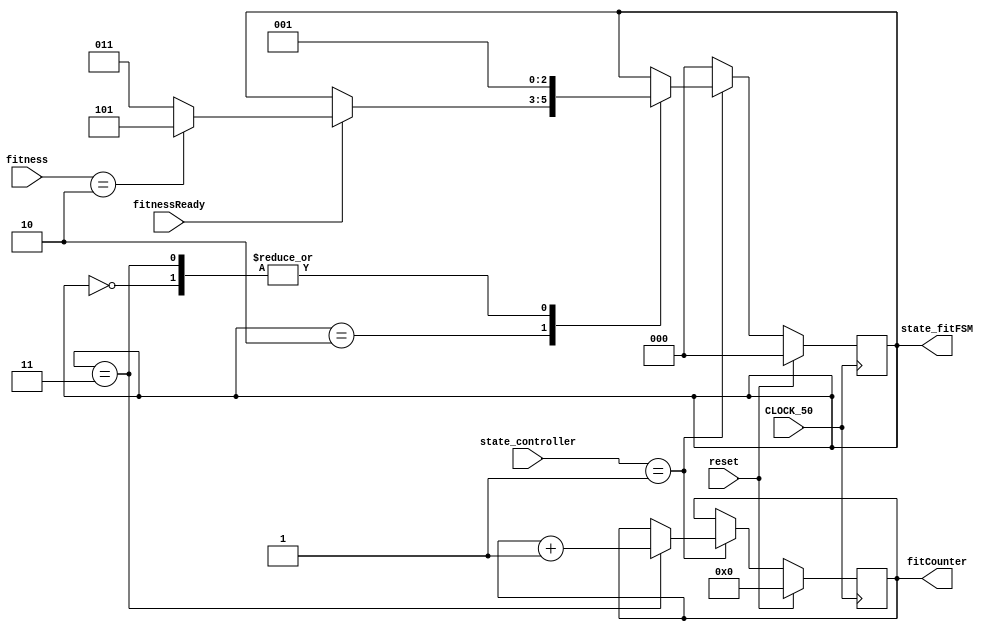
`timescale 1ns/1ns

module fitFSM(CLOCK_50,reset,state_controller,fitness,fitnessReady,state_fitFSM,fitCounter);//seed sefr nabashe
/*
This state machine control the process of generating fitness of the genes, 
but I removed it from the functions because evaluation function could do its job by its self.

*/
parameter geneBit = 80;
parameter geneResultBit = 2;
parameter population = 24;
parameter maxSupport = 128;
parameter primaryInputCount = 8;
parameter fitness_controller = 2'b01;

parameter initial_fitFSM = 3'b000,
			gene_fitFSM = 3'b001,
			fitCheck_fitFSM = 3'b010,
			fitCounter_fitFSM = 3'b011,
			finished_fitFSM = 3'b100,
			geneFound_fitFSM = 3'b101;

  input CLOCK_50,reset;
  input [2:0]state_controller;
  input [primaryInputCount+1:0]fitness;
  input fitnessReady;
  //output reg geneIsReady;
	//output reg fitnessFinished;
	output reg [2:0]state_fitFSM;
	//output reg [maxSupport-1:0]dataOut;
	//output reg geneFound;
	output reg [7:0]fitCounter;
	
	//reg fitnessChecked;
	
	//reg firstTurn;
	integer popIndex;
	//reg write; 
	//reg [geneBit-1:0]geneFound;
	
	reg start_fit,rw_fit;
  reg [19:0]address_fit;
	
  
  
 always@(posedge CLOCK_50)begin//fitnessFSM
    if(reset)begin
		state_fitFSM <= initial_fitFSM;
		//fitnessFinished <= 0;
		//geneFound <= 0;
		address_fit<=20'd0;
		start_fit<=1'b0;
		rw_fit<=1'b0;
		fitCounter <= 8'd0;
		//firstTurn<=1;
		//geneIsReady<=0;
		//write<=0;
		//LEDR<=0;
		//geneFound <= 0;

	 end else if(state_controller==fitness_controller)begin 
		
			case(state_fitFSM)
			
			initial_fitFSM : ///nemikhad
				begin	
					state_fitFSM <= gene_fitFSM;
				end
			

					
			fitCheck_fitFSM : 
				if(fitnessReady) begin
				  //geneIsReady<=0;
					//fitnessChecked<=1;
					if(fitness==geneResultBit)begin
					     state_fitFSM <= geneFound_fitFSM;

				   end else
					 state_fitFSM <= fitCounter_fitFSM;
				end
			
			fitCounter_fitFSM :
				begin
					fitCounter <= fitCounter + 8'd1;
					state_fitFSM <= gene_fitFSM;
				end
			finished_fitFSM :
			begin
			end
			geneFound_fitFSM :
			begin
			end
				
		default: 
		begin
		end
		endcase
		end else begin//if
			//fitnessFinished <= 0;
			state_fitFSM <= initial_fitFSM;
		end
		end//always
		
		
		endmodule